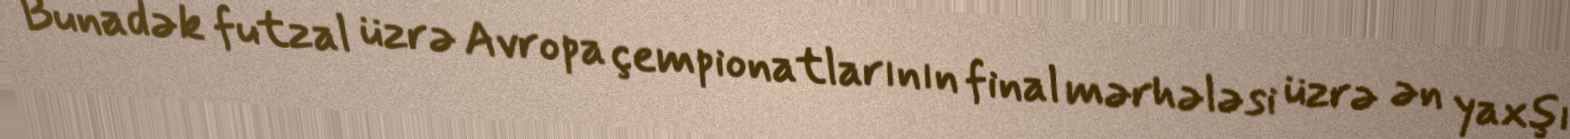
Bunadək futzal üzrə Avropa çempionatlarının final mərhələsi üzrə ən yaxşı